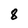
Character: 8